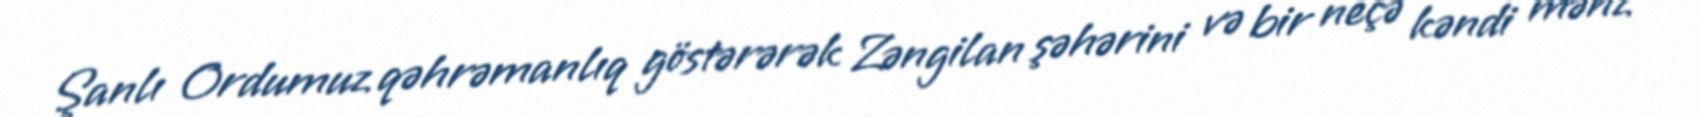
Şanlı Ordumuz qəhrəmanlıq göstərərək Zəngilan şəhərini və bir neçə kəndi məhz